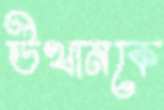
উত্থানকে